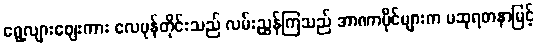
ရွေ့လျားဈေးကား လေမုန်တိုင်းသည် လမ်းညွှန်ကြသည် အာဏာပိုင်များက မဆုရတနာမြင့်